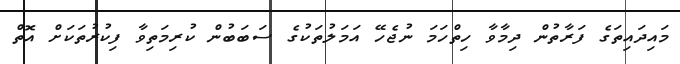
މައިދައިތަގެ ފަރާތުން ދިމާވާ ހިތްހަމަ ނުޖެހޭ އަމަލުތަކުގެ ސަބަބުން ކުރިމަތިވާ ފިކުރުތަކަށް އޮތް